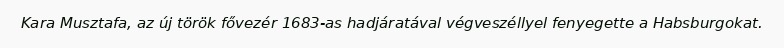
Kara Musztafa, az új török fővezér 1683-as hadjáratával végveszéllyel fenyegette a Habsburgokat.